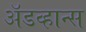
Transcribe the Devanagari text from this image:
अॅडव्हान्स